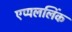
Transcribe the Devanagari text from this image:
एप्पललिंक